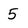
Character: 5